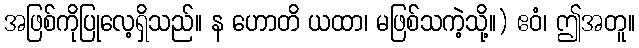
အဖြစ်ကိုပြုလေ့ရှိသည်။ န ဟောတိ ယထာ၊ မဖြစ်သကဲ့သို့။) ဧဝံ၊ ဤအတူ။